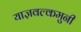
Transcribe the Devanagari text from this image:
याज्ञवल्कमुनी